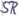
Text: SR